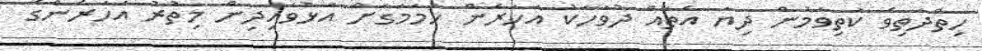
ހިތްދަތިވެ ކަތިވަމުން ދިޔަ އެތައް ދުވަހަކު އަހަރެން ހަމަމަގަށް އަޅުވައިދިން މިތުރު އަހަރެންގެ